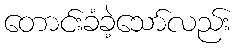
တောင်းခံခဲ့သော်လည်း